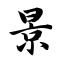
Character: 景